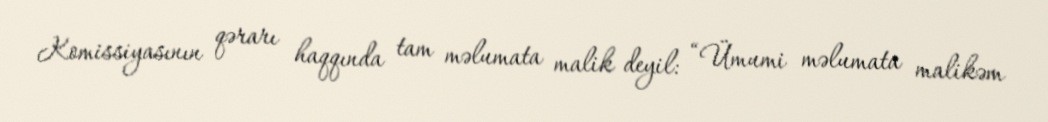
Komissiyasının qərarı haqqında tam məlumata malik deyil: “Ümumi məlumata malikəm